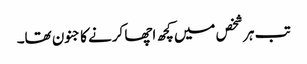
تب ہر شخص میں کچھ اچھا کرنے کا جنون تھا۔